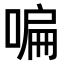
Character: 𠷨